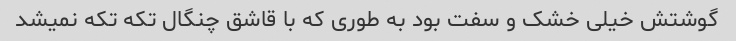
گوشتش خیلی خشک و سفت بود به طوری که با قاشق چنگال تکه تکه نمیشد